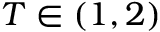
T \in ( 1 , 2 )